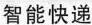
智能快递